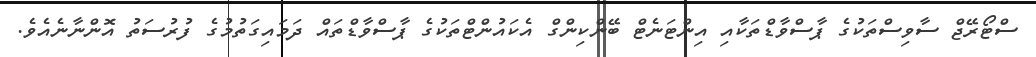
ސްޓޯރޭޖް ސާވިސްތަކުގެ ޕާސްވާޑްތަކާއި އިންޓަނެޓް ބޭންކިންގް އެކައުންޓްތަކުގެ ޕާސްވާޑްތައް ދަމައިގަތުމުގެ ފުރުސަތު އޮންނާނެއެވެ.